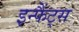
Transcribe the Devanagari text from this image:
इन्फैंट्स